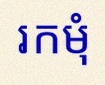
រកមុំ